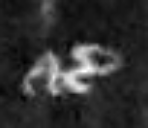
etc